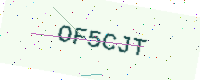
Text: OF5CJT